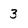
Character: 3